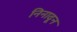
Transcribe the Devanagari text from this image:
निनादून